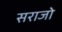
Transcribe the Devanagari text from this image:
सराजो